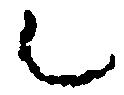
之